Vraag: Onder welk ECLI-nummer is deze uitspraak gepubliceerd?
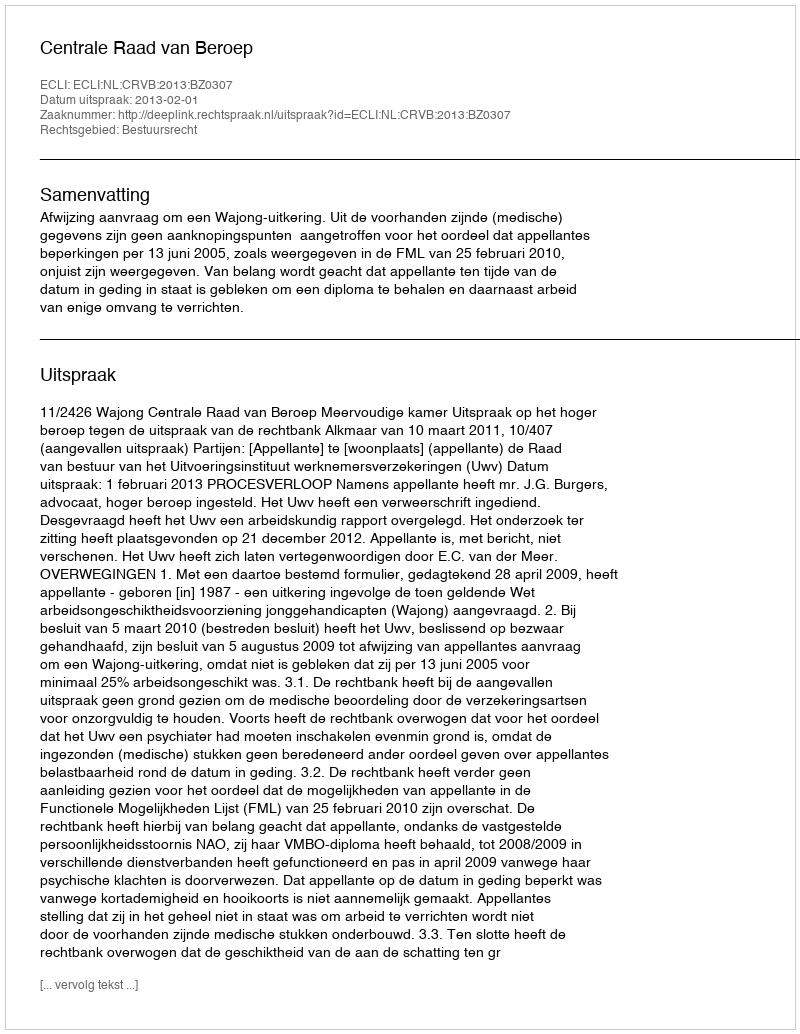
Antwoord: ECLI:NL:CRVB:2013:BZ0307